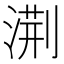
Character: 𭱧